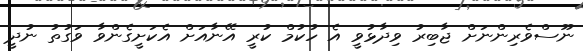
ނޫސްވެރިންނަށް ޖާބިރު ވިދާޅުވީ އެ ހުކުމް ކުރީ އޭނާއަށް އެކަށީގެންވާ ވަގުތު ނުދީ